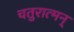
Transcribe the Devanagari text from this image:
चतुरात्मन्